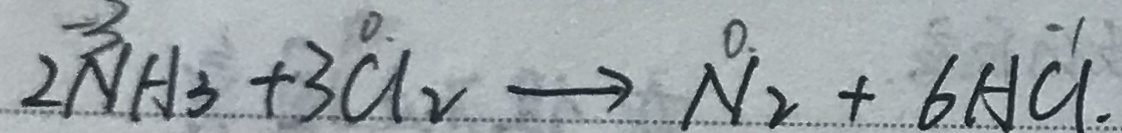
2 N H _ { 3 } + 3 C _ { 2 } \rightarrow N _ { 2 } + 6 H C